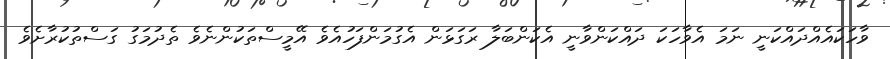
ވާހަކައެއްދައްކަނީ ނަމަ އެވާހަކަ ދައްކަންވާނީ އެކަންބަލާ ރަގަޅަން އެގުމަންފަހުއެވެ އޭމީސްތަކުންނެވެ ތެދުމަގު ގަސްތުކުރާށެވެ